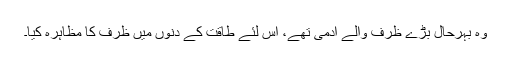
وہ بہرحال بڑے ظرف والے آدمی تھے، اس لئے طاقت کے دنوں میں ظرف کا مظاہرہ کیا۔